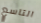
التاسع